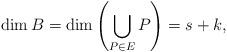
LaTeX: \begin{align*} \dim B= \dim \left( \bigcup_{P \in E} P \right) = s+k, \end{align*}